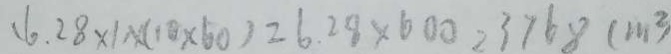
( 6 . 2 8 \times 1 ) \times ( 1 0 \times 6 0 ) = 6 . 2 8 \times 6 0 0 = 3 7 6 8 ( m ^ { 2 } )